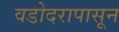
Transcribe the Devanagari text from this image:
वडोदरापासून